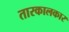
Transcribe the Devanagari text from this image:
तारकालकार